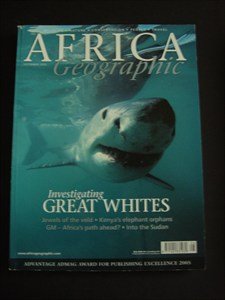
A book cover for AFRICA Geographic - September 2005 - Great Whites - veld - Kenya - Elephants - Sudan- Wildlife - Nature - Conservation - People - Travel; Travel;